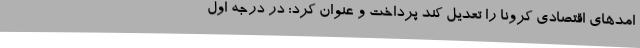
امدهای اقتصادی کرونا را تعدیل کند پرداخت و عنوان کرد: در درجه اول